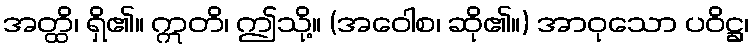
အတ္ထိ၊ ရှိ၏။ ဣတိ၊ ဤသို့။ (အဝေါစ၊ ဆို၏။) အာဝုသော ပဝိဋ္ဌ၊